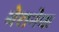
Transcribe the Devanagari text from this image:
बेरानेक